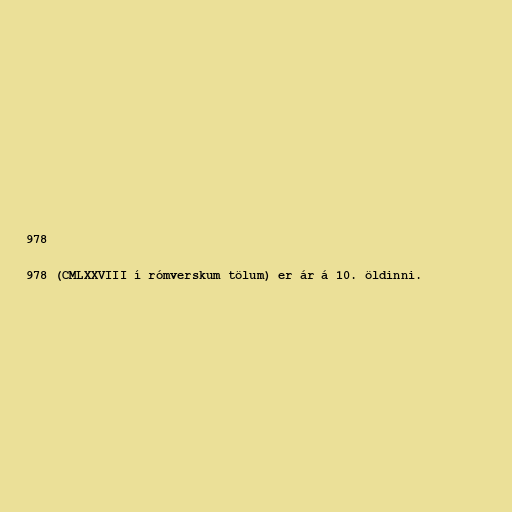
978

978 (CMLXXVIII í rómverskum tölum) er ár á 10. öldinni.